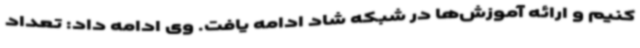
کنیم و ارائه آموزش‌ها در شبکه شاد ادامه یافت. وی ادامه داد: تعداد